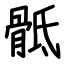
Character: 骶